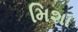
મિશા